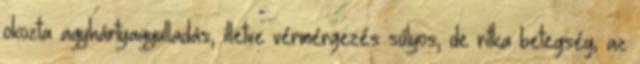
okozta agyhártyagyulladás, illetve vérmérgezés súlyos, de ritka betegség, az